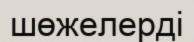
шөжелерді